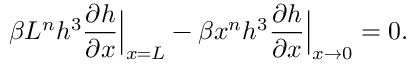
\beta L ^ { n } h ^ { 3 } \frac { \partial h } { \partial x } \Big | _ { x = L } - \beta x ^ { n } h ^ { 3 } \frac { \partial h } { \partial x } \Big | _ { x \rightarrow 0 } = 0 .